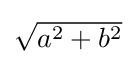
{\textstyle {\sqrt {a^{2}+b^{2}}}}